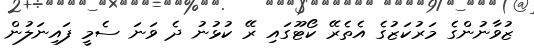
ޒުވާނުންގެ މަރުކަޒުގެ އެތެރޭ ކޯޓޫގައި ރޭ ކުޅުނު ދެ ވަނަ ސެމީ ފައިނަލުން